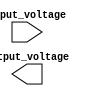
module voltage_level_shifter (
    input wire input_voltage,
    output wire output_voltage
);

// Add logic here to detect input voltage level and translate it to appropriate output voltage level

// Add any necessary buffers or level shifting circuitry here to ensure proper signal transmission

endmodule